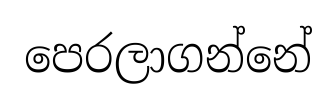
පෙරලාගන්නේ